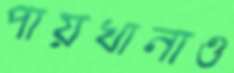
পায়খানাও